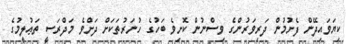
ކިޔަވައިދޭން ފެށުމުން ދަރިވަރުންގެ ވިސްނުން ކޮށިވެ ބަހުގެ ހުނަރުތަކަށް ދަށްވެ މަދްރަސީ ތަޢުލީމުގެ